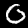
Label: 0